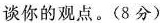
谈你的观点。(8分)